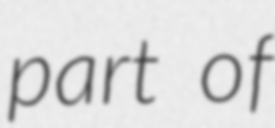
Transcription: part of